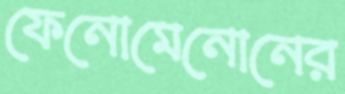
ফেনোমেনোনের